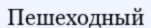
Пешеходный